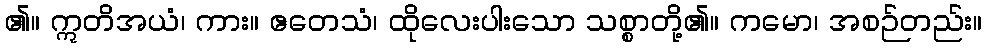
၏။ ဣတိအယံ၊ ကား။ ဧတေသံ၊ ထိုလေးပါးသော သစ္စာတို့၏။ ကမော၊ အစဉ်တည်း။